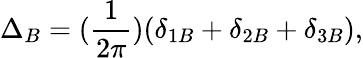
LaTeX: \Delta_{B}=(\frac{1}{2\pi})(\delta_{1B}+\delta_{2B}+\delta_{3B}),